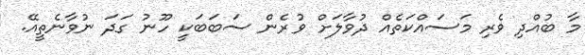
މާ ބުއްދި ވެރި މަސައްކަތެއް ދުވާލަށް ވުރެން ސަބަބަކީ ހޫނު ގަދަ ނުވާނެތީއޭ.